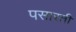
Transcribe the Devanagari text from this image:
पसारती